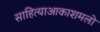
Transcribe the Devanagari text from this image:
साहित्याआकाशमलो